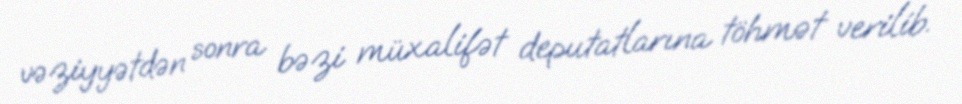
vəziyyətdən sonra bəzi müxalifət deputatlarına töhmət verilib.